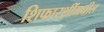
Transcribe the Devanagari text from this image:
शिफारशींमधील